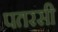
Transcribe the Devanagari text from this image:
पतरसी